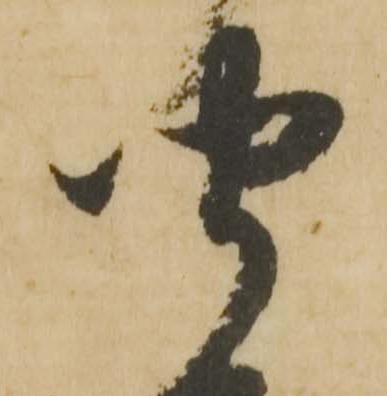
聞